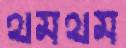
থমথম